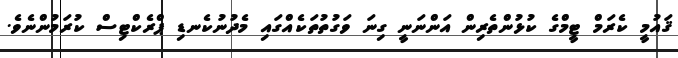
ޤައުމީ ކެރަމް ޓީމްގެ ކުޅުންތެރިން އަންނަނީ ގިނަ ވަގުތުތަކެއްގައި މެދުނުކެނޑި ޕްރެކްޓިސް ކުރަމުންނެވެ.